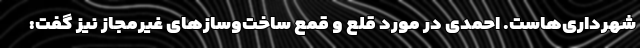
شهرداری‌هاست. احمدی در مورد قلع و قمع ساخت‌وسازهای غیرمجاز نیز گفت: